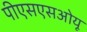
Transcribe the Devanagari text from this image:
पीएसएसओयू